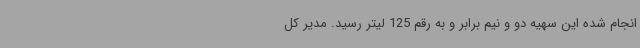
انجام شده این سهیه دو و نیم برابر و به رقم 125 لیتر رسید. مدیر کل